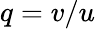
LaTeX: q=v/u